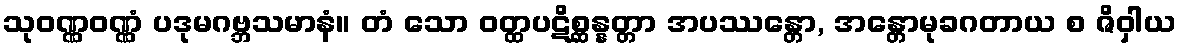
သုဝဏ္ဏဝဏ္ဏံ ပဒုမဂဗ္ဘသမာနံ။ တံ သော ဝတ္ထပဋိစ္ဆန္နတ္တာ အပဿန္တော, အန္တောမုခဂတာယ စ ဇိဝှါယ